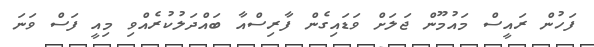
ފަހުން ރައީސް މައުމޫން ޖަލަށް ވަޑައިގެން ފާރިސްއާ ބައްދަލުކުރެއްވި މިއީ ފަސް ވަނަ